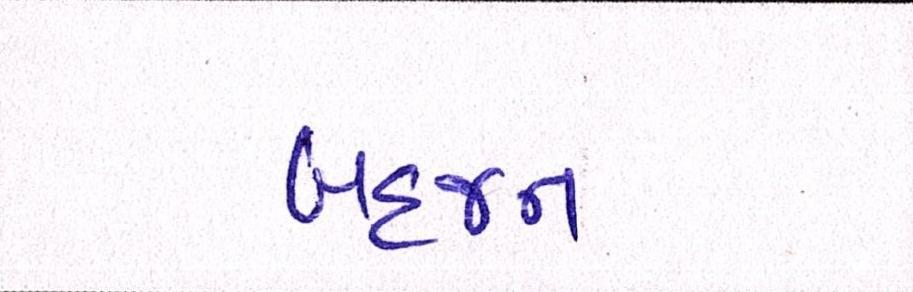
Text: બહજન